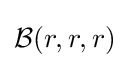
{\mathcal {B}}(r,r,r)